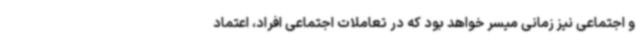
و اجتماعی نیز زمانی میسر خواهد بود که در تعاملات اجتماعی افراد، اعتماد